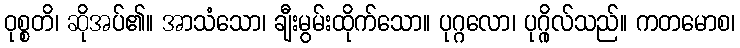
ဝုစ္စတိ၊ ဆိုအပ်၏။ အာသံသော၊ ချီးမွမ်းထိုက်သော။ ပုဂ္ဂလော၊ ပုဂ္ဂိုလ်သည်။ ကတမောစ၊